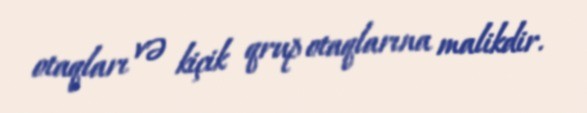
otaqları və kiçik qrup otaqlarına malikdir.